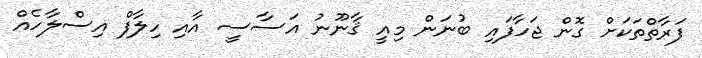
ފަރާތްތަކަށް ގޮން ޖަހާފައި ބުނަން މިއީ ޤާނޫނު އަސާސީ އާއި ހިލާފް އިސްލާހެއް